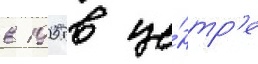
в 1905 в це́нтр'е